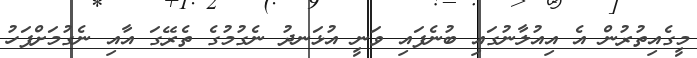
މީގެއިތުރުން އެ އިއުލާނުގައި ބުނެފައި ވަނީ އުޅަނދު ނެގުމުގެ ތެރޭގަ އާއި ނެގުމަށްފަހު